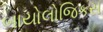
બાયોલોજિકસ